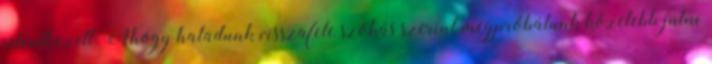
jelentkezett. Ahogy haladunk visszafele szokás szerint megpróbálunk közelebb jutni